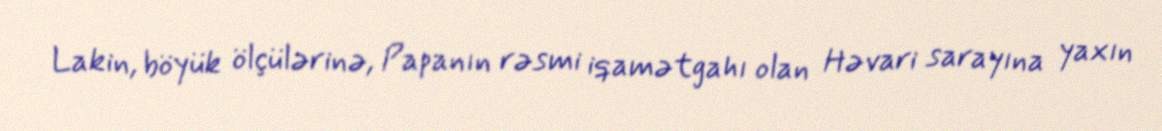
Lakin, böyük ölçülərinə, Papanın rəsmi iqamətgahı olan Həvari sarayına yaxın